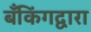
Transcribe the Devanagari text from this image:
बँकिंगद्वारा